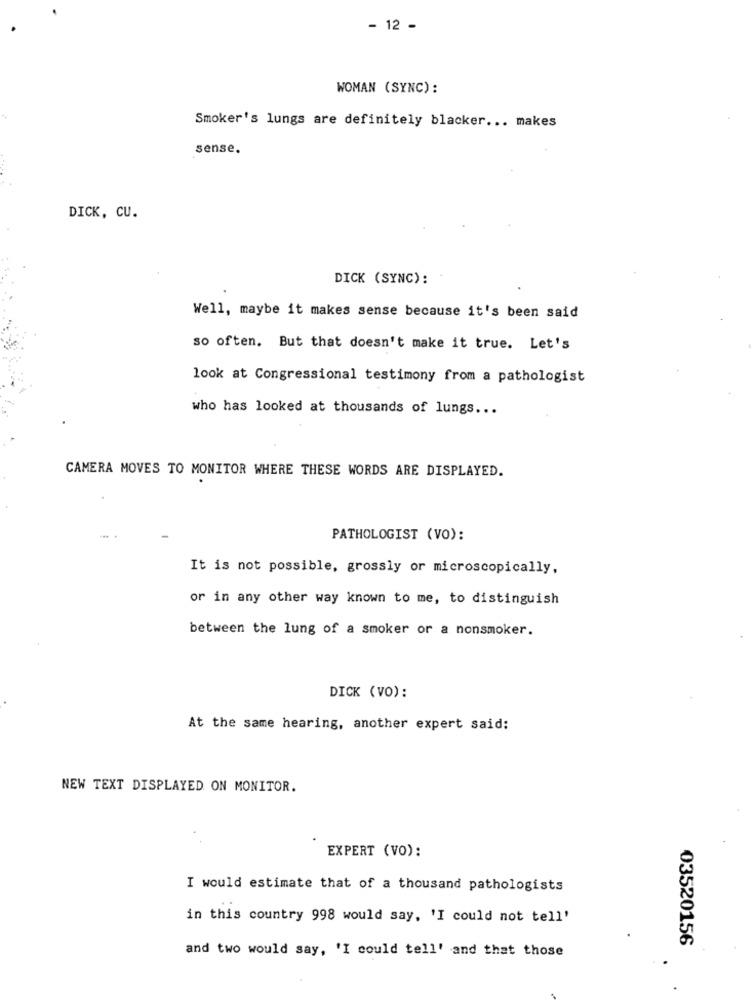
- 12 -
WOMAN (SYNC) :
Smoker's lungs are definitely blacker ... makes
sense.
DICK, CU.
DICK (SYNC):
Well, maybe it makes sense because it's been said
so often. But that doesn't make it true. Let's
look at Congressional testimony from a pathologist
who has looked at thousands of lungs ...
CAMERA MOVES TO MONITOR WHERE THESE WORDS ARE DISPLAYED.
PATHOLOGIST (VO):
It is not possible, grossly or microscopically,
or in any other way known to me, to distinguish
between the lung of a smoker or a nonsmoker.
DICK (VO):
At the same hearing, another expert said:
NEW TEXT DISPLAYED ON MONITOR.
EXPERT (VO):
I would estimate that of a thousand pathologists
in this country 998 would say, 'I could not tell'
03520156
and two would say, 'I could tell' and that those